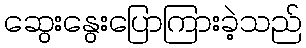
ဆွေးနွေးပြောကြားခဲ့သည်